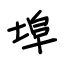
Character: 埠